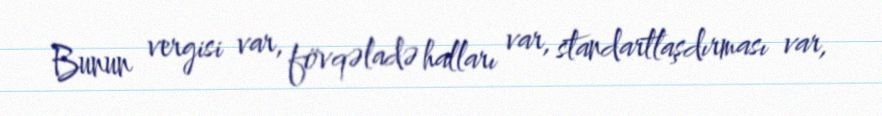
Bunun vergisi var, fövqəladə halları var, standartlaşdırması var,